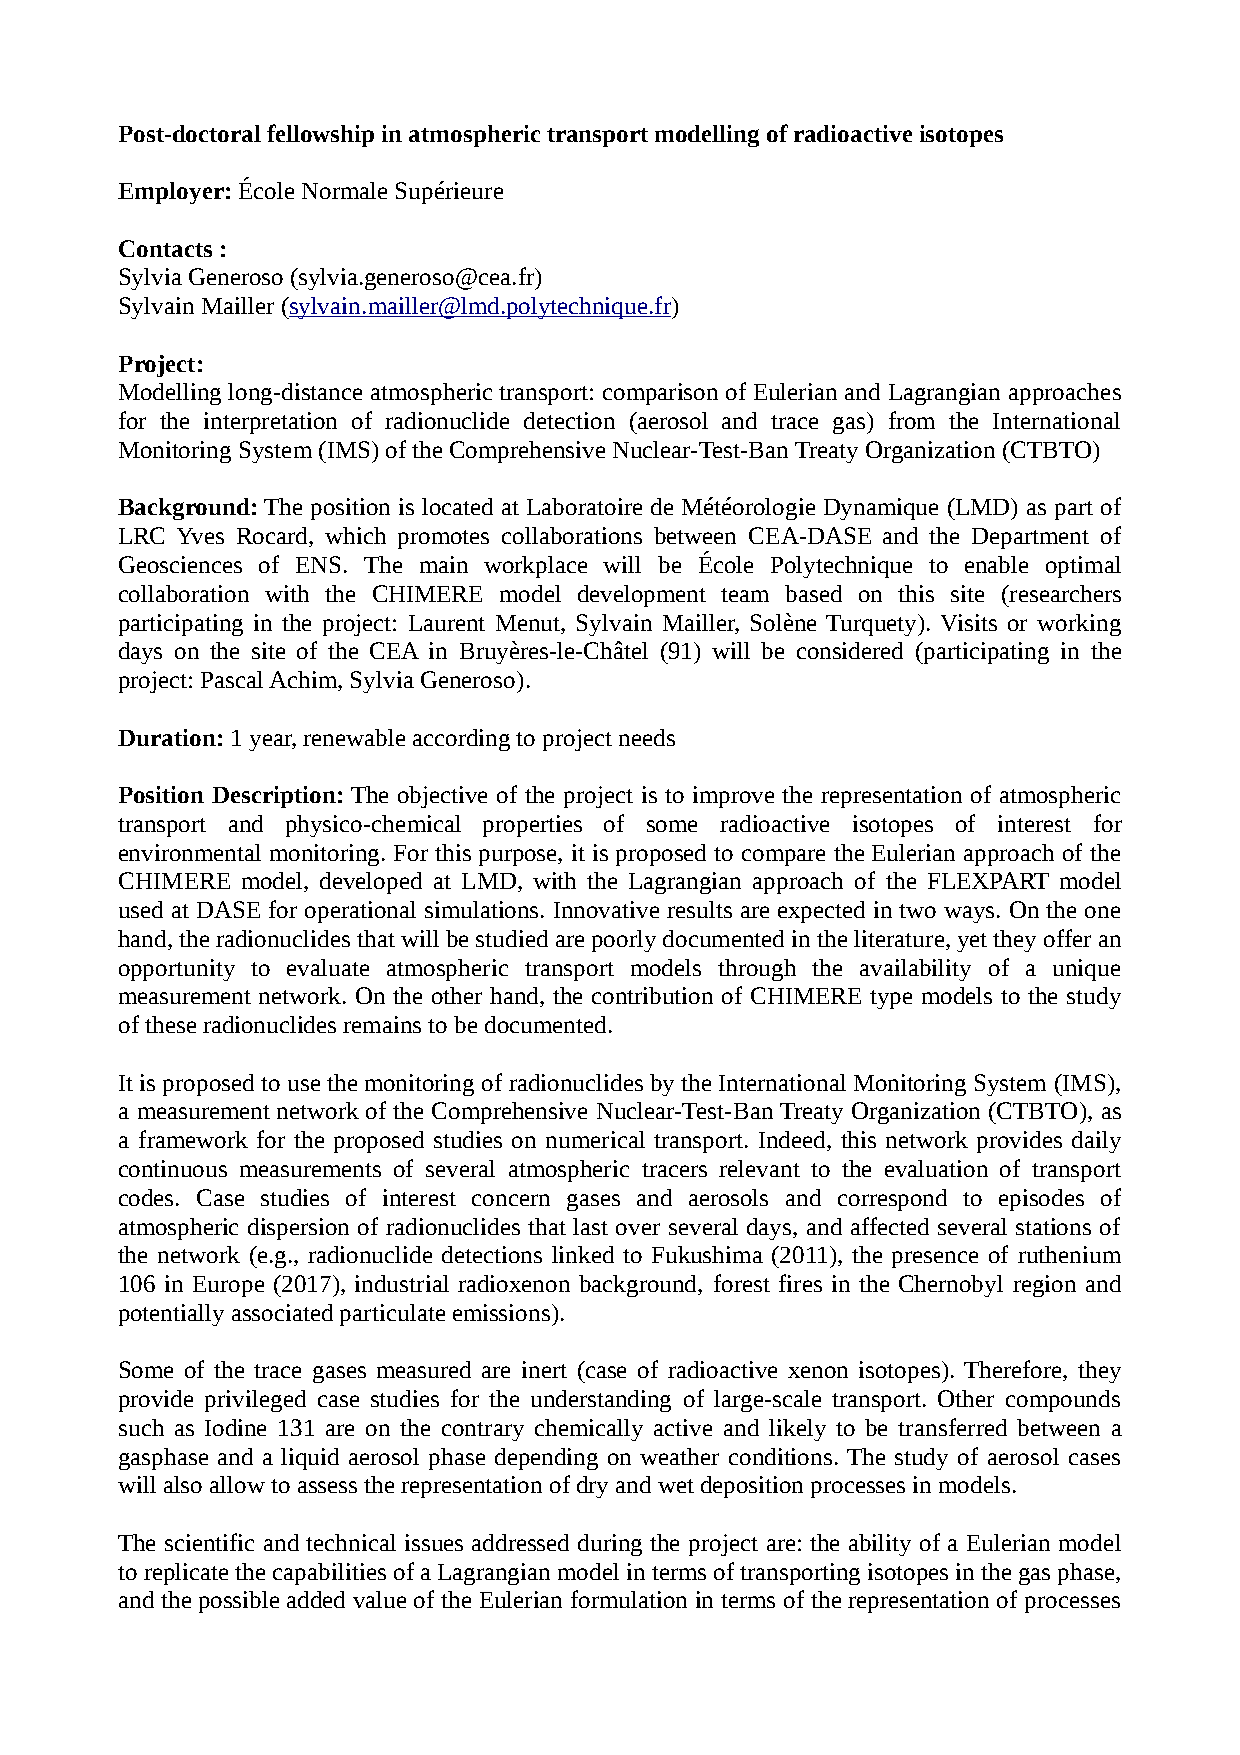
Post-doctoral fellowship in atmospheric transport modelling of radioactive isotopes
 Employer: École Normale Supérieure
 Contacts :
 Sylvia Generoso (sylvia.generoso@cea.fr)
 Sylvain Mailler (sylvain.mailler@lmd.polytechnique.fr)
 Project:
 Modelling long-distance atmospheric transport: comparison of Eulerian and Lagrangian approaches
 for the interpretation of radionuclide detection (aerosol and trace gas) from the International
 Monitoring System (IMS) of the Comprehensive Nuclear-Test-Ban Treaty Organization (CTBTO)
 Background: The position is located at Laboratoire de Météorologie Dynamique (LMD) as part of
 LRC Yves Rocard, which promotes collaborations between CEA-DASE and the Department of
 Geosciences of ENS. The main workplace will be École Polytechnique to enable optimal
 collaboration with the CHIMERE model development team based on this site (researchers
 participating in the project: Laurent Menut, Sylvain Mailler, Solène Turquety). Visits or working
 days on the site of the CEA in Bruyères-le-Châtel (91) will be considered (participating in the
 project: Pascal Achim, Sylvia Generoso).
 Duration: 1 year, renewable according to project needs
 Position Description: The objective of the project is to improve the representation of atmospheric
 transport and physico-chemical properties of some radioactive isotopes of interest for
 environmental monitoring. For this purpose, it is proposed to compare the Eulerian approach of the
 CHIMERE model, developed at LMD, with the Lagrangian approach of the FLEXPART model
 used at DASE for operational simulations. Innovative results are expected in two ways. On the one
 hand, the radionuclides that will be studied are poorly documented in the literature, yet they offer an
 opportunity to evaluate atmospheric transport models through the availability of a unique
 measurement network. On the other hand, the contribution of CHIMERE type models to the study
 of these radionuclides remains to be documented.
 It is proposed to use the monitoring of radionuclides by the International Monitoring System (IMS),
 a measurement network of the Comprehensive Nuclear-Test-Ban Treaty Organization (CTBTO), as
 a framework for the proposed studies on numerical transport. Indeed, this network provides daily
 continuous measurements of several atmospheric tracers relevant to the evaluation of transport
 codes. Case studies of interest concern gases and aerosols and correspond to episodes of
 atmospheric dispersion of radionuclides that last over several days, and affected several stations of
 the network (e.g., radionuclide detections linked to Fukushima (2011), the presence of ruthenium
 106 in Europe (2017), industrial radioxenon background, forest fires in the Chernobyl region and
 potentially associated particulate emissions).
 Some of the trace gases measured are inert (case of radioactive xenon isotopes). Therefore, they
 provide privileged case studies for the understanding of large-scale transport. Other compounds
 such as Iodine 131 are on the contrary chemically active and likely to be transferred between a
 gasphase and a liquid aerosol phase depending on weather conditions. The study of aerosol cases
 will also allow to assess the representation of dry and wet deposition processes in models.
 The scientific and technical issues addressed during the project are: the ability of a Eulerian model
 to replicate the capabilities of a Lagrangian model in terms of transporting isotopes in the gas phase,
 and the possible added value of the Eulerian formulation in terms of the representation of processes